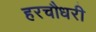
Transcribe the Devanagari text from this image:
हरचौधरी